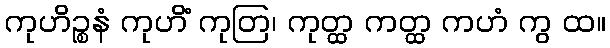
ကုဟိဉ္စနံ ကုဟိံ ကုတြ၊ ကုတ္ထ ကတ္ထ ကဟံ ကွ ထ။